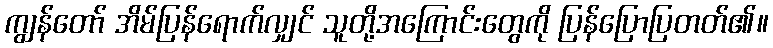
ကျွန်တော် အိမ်ပြန်ရောက်လျှင် သူတို့အကြောင်းတွေကို ပြန်ပြောပြတတ်၏။